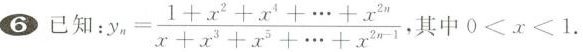
已知:$$y_{n}= \frac{1+x^{2}+x^{4}+ \cdots +x^{2n}}{x+x^{3}+x^{5}+ \cdots +x^{2n-1}}$$， 其中0<x<1.